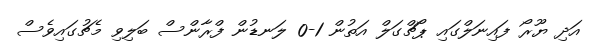
އަދި ޔޫރޯ ފައިނަލްގައި ޕޯޗްގަލް އަތުން 1-0 ލަނޑުން ފްރާންސް ބަލިވި މެޗުގައިވެސް